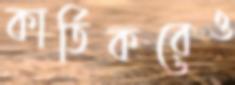
কার্তিকরেও